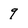
Character: 9